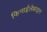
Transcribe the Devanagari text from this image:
फिनाईलेफ्राइन